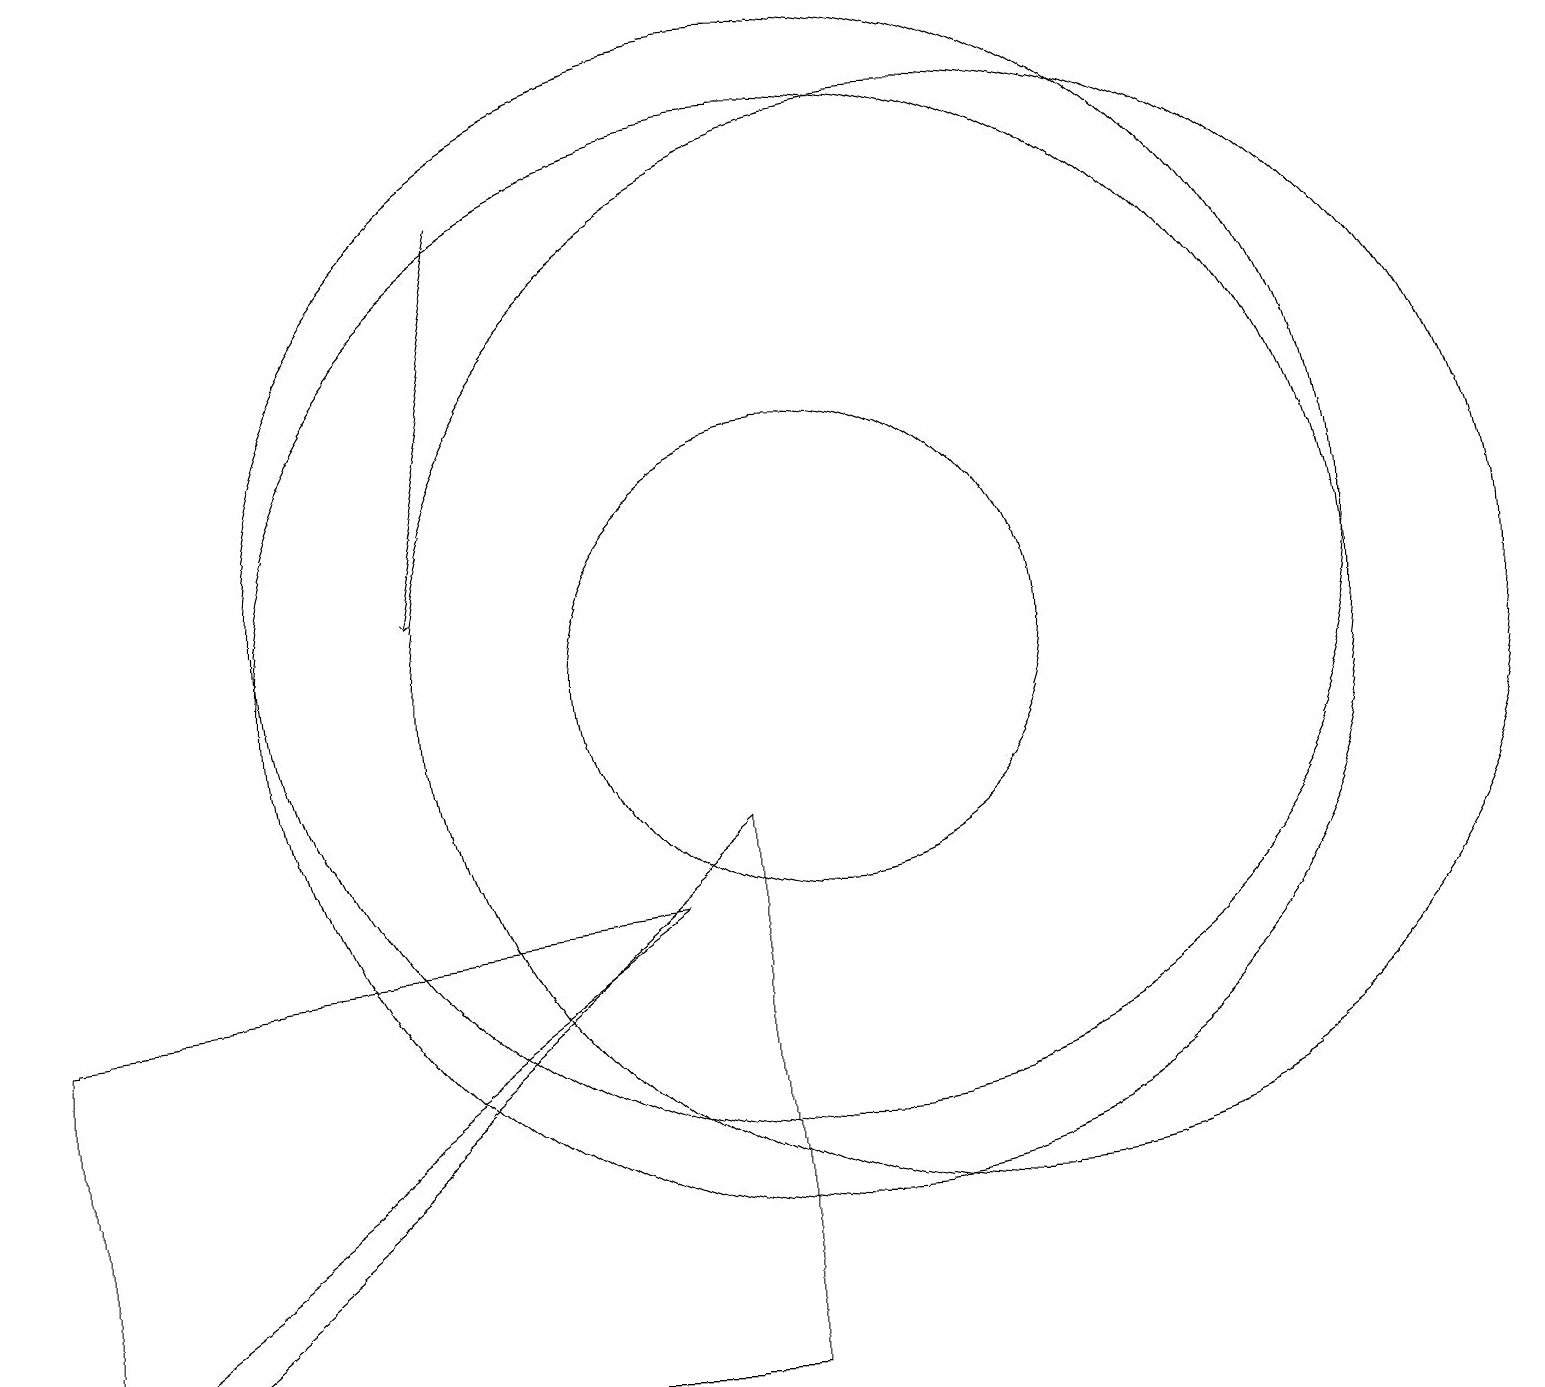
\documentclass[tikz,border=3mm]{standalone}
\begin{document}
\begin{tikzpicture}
\draw (10,11) circle (7);
\draw (10,10) circle (3);
\draw[->] (6,16) -- (5,11);
\draw (8,7) -- (0,1) -- (0,6) -- cycle;
\draw (12,10) circle (7);
\draw (10,10) circle (7);
\draw (9,8) -- (9,1) -- (1,1) -- cycle;
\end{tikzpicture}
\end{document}